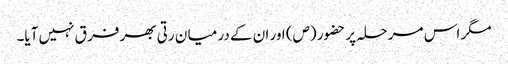
مگر اس مر حلہ پر حضور (ص) اور ان کے در میا ن رتی بھر فر ق نہیں آیا۔